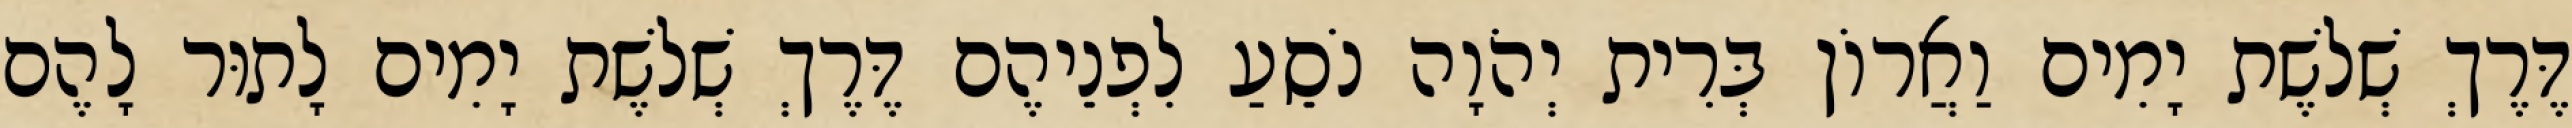
דֶּרֶךְ שְׁלשֶׁת יָמִים וַאֲרוֹן בְּרִית יְהֹוָה נֹסֵעַ לִפְנֵיהֶם דֶּרֶךְ שְׁלשֶׁת יָמִים לָתוּר לָהֶם